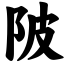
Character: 陂